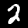
Label: 2